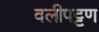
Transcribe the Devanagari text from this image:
वलीपट्टण